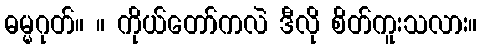
ဓမ္မဂုတ်။ ။ ကိုယ်တော်ကလဲ ဒီလို စိတ်ကူးသလား။